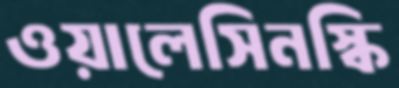
ওয়ালেসিনস্কি